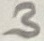
Text: 3